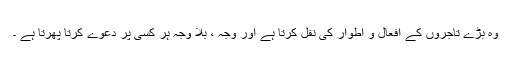
وہ بڑے تاجروں کے افعال و اطوار کی نقل کرتا ہے اور وجہ ، بلا وجہ ہر کسی پر دعوے کرتا پھرتا ہے ۔